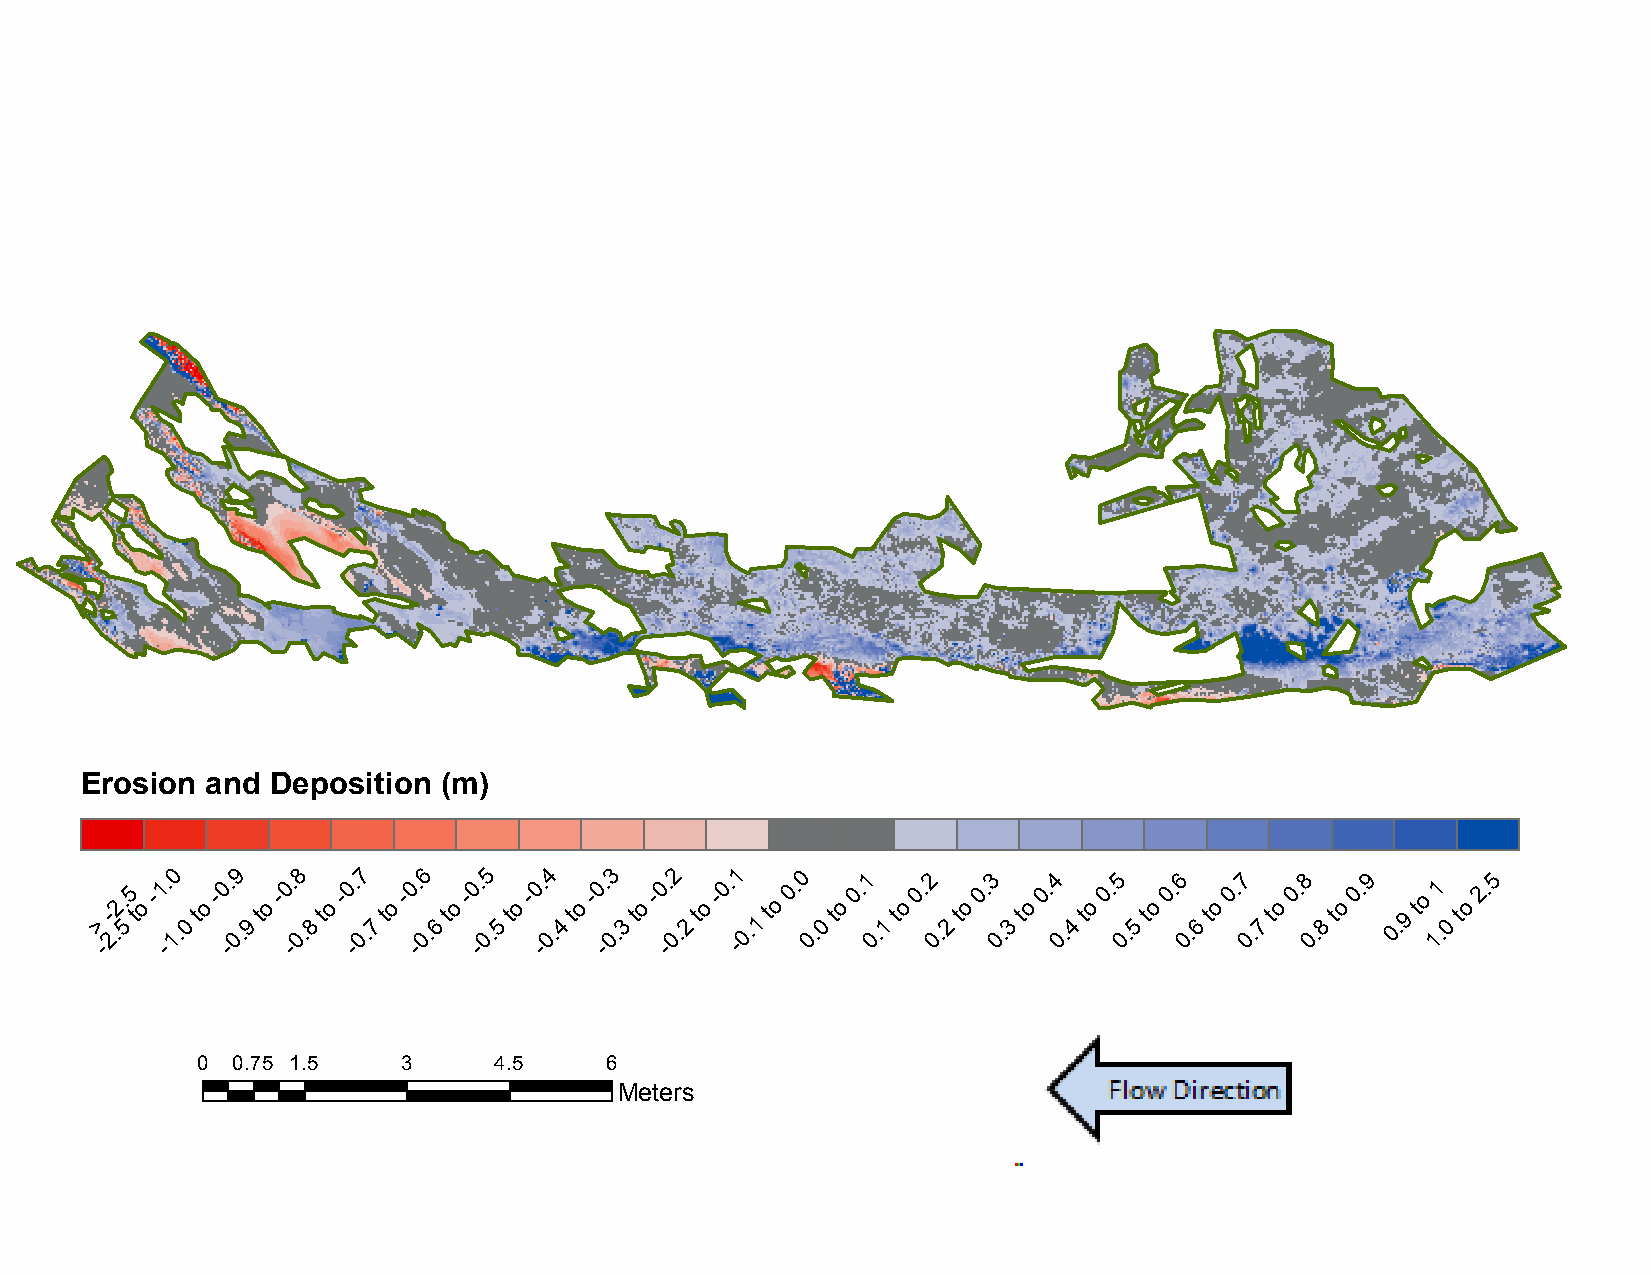
B14:     November           2012     to  November           2015
 Erosion  and Deposition (m)
 >
 -
 -
 2.2.
 5
 5
 t
 o
 -1 -. 10
 .0
 to
 -0 -. 09
 .9
 to
 -0 -. 08
 .8
 to
 -0 -. 07
 .7
 to
 -0 -. 06
 .6
 to
 -0 -. 05
 .5
 to
 -0 -. 04
 .4
 to
 -0 -. 03
 .3
 to
 -0 -. 02
 .2
 to
 -0. -1
 0.1
 to
 0. 0
 0.
 0
 to
 0.1
 0
 .1
 to
 0.2
 0
 .2
 to
 0.3
 0
 .3
 to
 0.4
 0
 .4
 to
 0.5
 0.
 5
 to
 0.6
 0.
 6
 to
 0.7
 0.
 7
 to
 0.8
 0.
 8
 to
 0.9
 0. 9
 to
 11
 .0
 to
 2.5
 0 0.75 1.5    3     4.5    6
 Meters